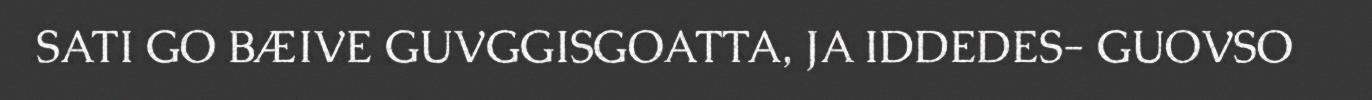
SATI GO BÆIVE GUVGGISGOATTA, JA IDDEDES- GUOVSO